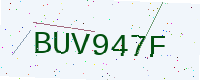
Text: BUV947F